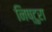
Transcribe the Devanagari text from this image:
निष्टुरा